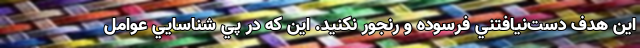
اين هدف دست‌نيافتني فرسوده و رنجور نكنيد. اين كه در پي شناسايي عوامل